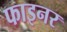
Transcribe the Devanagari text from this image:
फाइनर